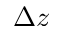
\Delta z